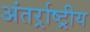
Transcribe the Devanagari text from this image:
अंतर्र्राष्‍ट्रीय